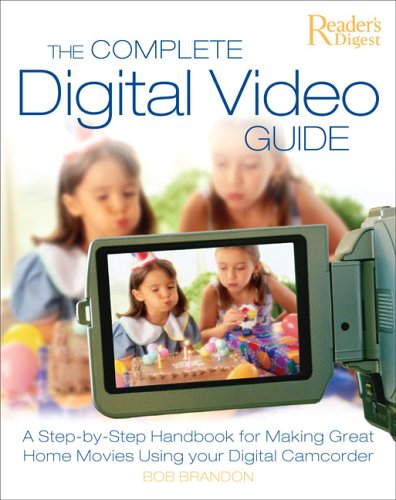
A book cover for The Complete Digital Video Guide: A Step-by-Step Handbook for Making Great Home Movies Using Your Digital Camcorder; Bob Brandon; Humor & Entertainment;